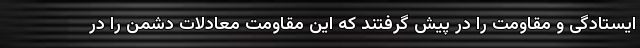
ایستادگی و مقاومت را در پیش گرفتند که این مقاومت معادلات دشمن را در